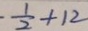
- \frac { 1 } { 2 } + 1 2